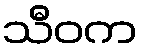
သီဝက